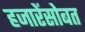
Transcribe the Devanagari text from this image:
हजारेंसोबत